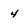
Character: 4